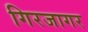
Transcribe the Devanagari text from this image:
गिरजागर